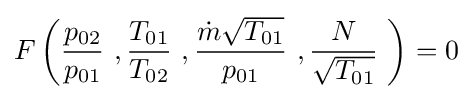
F\left({\frac {p_{02}}{p_{01}}}\ ,{\frac {T_{01}}{T_{02}}}\ ,{\frac {{\dot {m}}{\sqrt {T_{01}}}}{p_{01}}}\ ,{\frac {N}{\sqrt {T_{01}}}}\ \right)=0